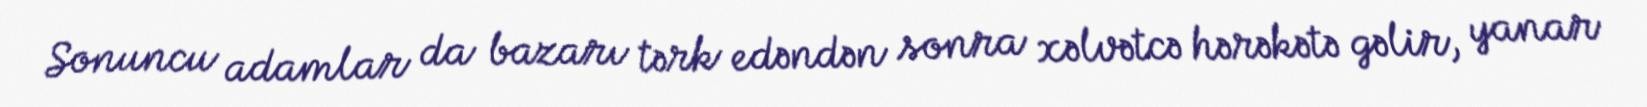
Sonuncu adamlar da bazarı tərk edəndən sonra xəlvətcə hərəkətə gəlir, yanar